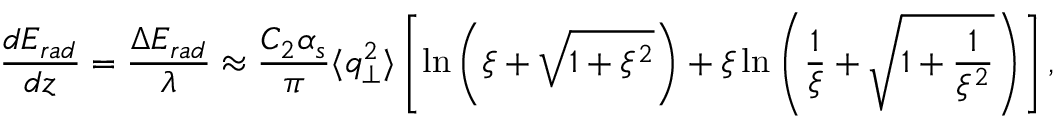
\frac { d E _ { r a d } } { d z } = \frac { \Delta E _ { r a d } } { \lambda } \approx \frac { C _ { 2 } \alpha _ { s } } { \pi } \langle q _ { \perp } ^ { 2 } \rangle \left[ \ln \left( \xi + \sqrt { 1 + \xi ^ { 2 } } \right) + \xi \ln \left( \frac { 1 } { \xi } + \sqrt { 1 + \frac { 1 } { \xi ^ { 2 } } } \right) \right] ,